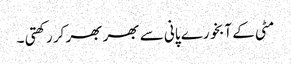
مٹی کے آبخورے پانی سے بھر بھر کر رکھتی ۔